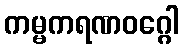
ကမ္မကရဏဝဂ္ဂေါ